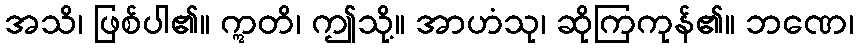
အသိ၊ ဖြစ်ပါ၏။ ဣတိ၊ ဤသို့။ အာဟံသု၊ ဆိုကြကုန်၏။ ဘဏေ၊